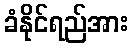
ခံနိုင်ရည်အား